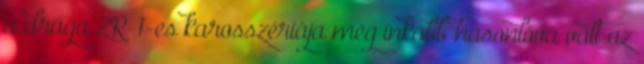
a drága ZR-1-es karosszériája még inkább hasonlóvá vált az